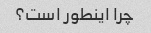
چرا اینطور است؟